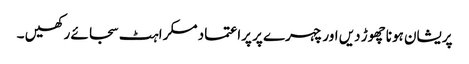
پریشان ہونا چھوڑ دیں اور چہرے پر پراعتماد مسکراہٹ سجائے رکھیں ۔